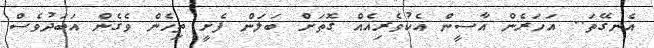
އެނގޭތަ.. އަހަރެން އާސީން އެކުވެރިއެއް ގޮތަށް ބަލަން ފެށީ ތިހެން ވެގެން އަބަދުވެސް